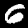
Label: 6